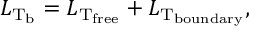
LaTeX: { \cal L } _ { \mathrm { T _ { \mathrm { b } } } } = { \cal L } _ { \mathrm { T _ { \mathrm { f r e e } } } } + { \cal L } _ { \mathrm { T _ { \mathrm { b o u n d a r y } } } } ,